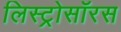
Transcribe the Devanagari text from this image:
लिस्ट्रोसॉरस